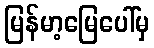
မြန်မာ့မြေပေါ်မှ